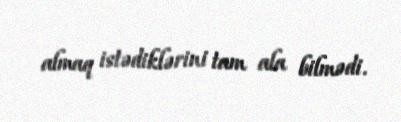
almaq istədiklərini tam ala bilmədi.